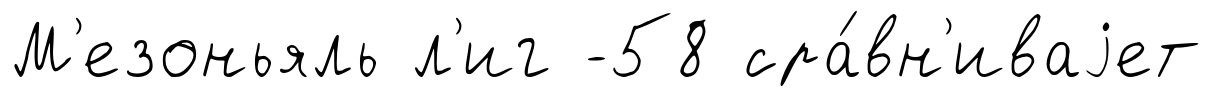
М'езоньяль л'иг -58 сра́вн'иваjет